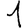
Digit: 1